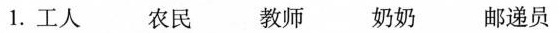
1.工人 农民 教师 奶奶 邮递员